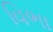
વિભા